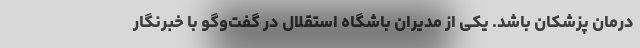
درمان پزشکان باشد. یکی از مدیران باشگاه استقلال در گفت‌وگو با خبرنگار